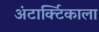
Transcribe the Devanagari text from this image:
अंटार्क्टिकाला